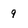
Character: 9